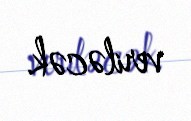
veriləcək.